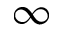
\infty